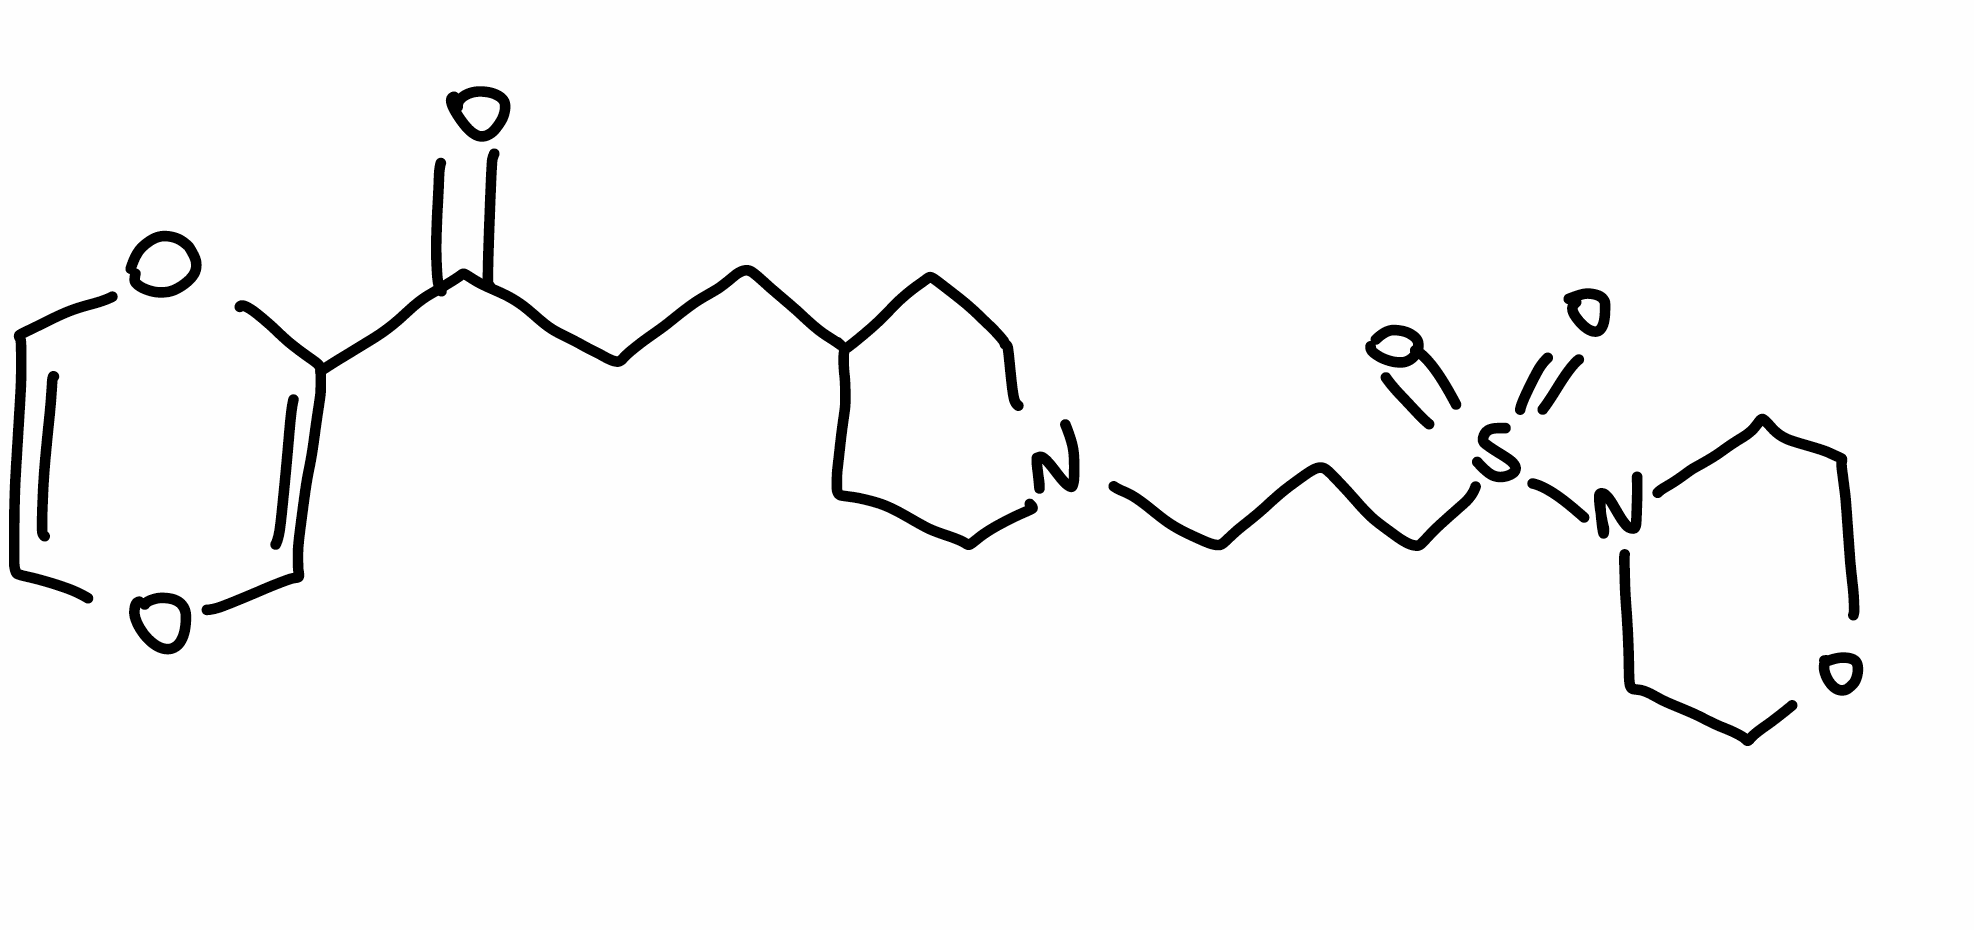
Simplified molecular-input line-entry system (SMILES) notation of the given molecule:
C1CN(CCC1CCC(=O)C2=COC=CO2)CCCS(=O)(=O)N3CCOCC3